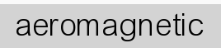
aeromagnetic